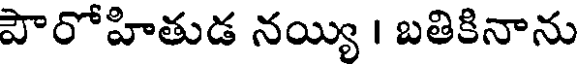
పౌరోహితుడ నయ్యి । బతికినాను